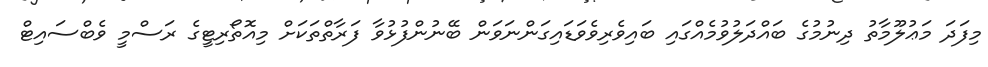
މިފަދަ މަޢުލޫމާތު ދިނުމުގެ ބައްދަލުވުމެއްގައި ބައިވެރިވެވަޑައިގަންނަވަން ބޭނުންފުޅުވާ ފަރާތްތަކަށް މިއޮތޯރިޓީގެ ރަސްމީ ވެބްސައިޓް